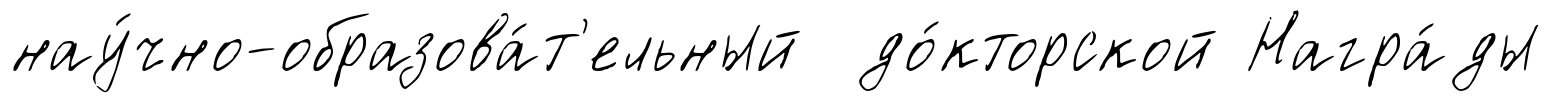
нау́чно-образова́т'ельный до́кторской Награ́ды